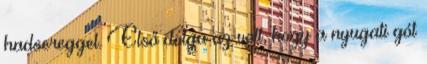
hadsereggel. Első dolga az volt, hogy a nyugati gót